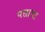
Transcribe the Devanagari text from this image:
पछाया